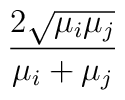
{\frac{2\sqrt{\mu_i\mu_j}}{\mu_i+\mu_j} }